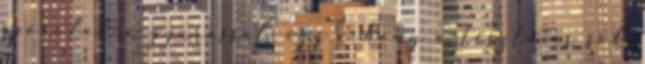
spórolok a gyúrással, így vékony a tészta és sok